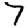
Digit: 7